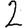
Digit: 2